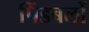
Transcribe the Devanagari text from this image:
पिंडबलों